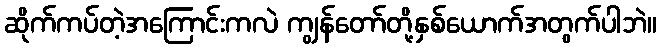
ဆိုက်ကပ်တဲ့အကြောင်းကလဲ ကျွန်တော်တို့နှစ်ယောက်အတွက်ပါဘဲ။